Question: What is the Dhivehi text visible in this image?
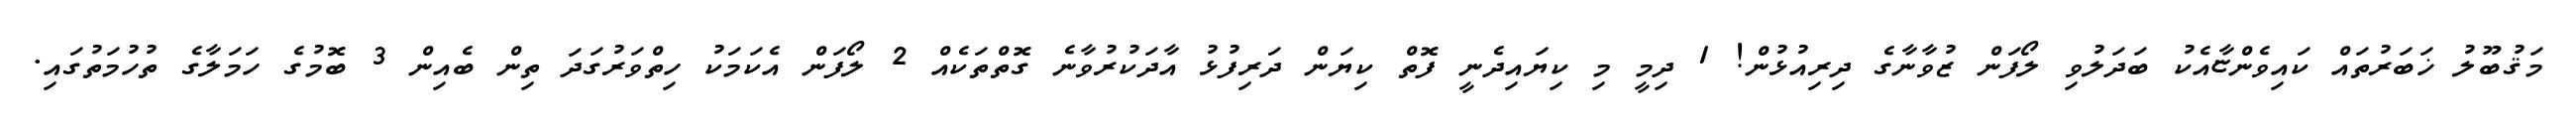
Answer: މަޤުބޫލު ޚަބަރުތައް ކައިވެންޏާއެކު ބަދަލުވި ލޯފަން ޒުވާނާގެ ދިރިއުޅުން! 1 ދިމީ މި ކިޔައިދެނީ ފޮތް ކިޔަން ދަރިފުޅު އާދަކުރުވާނެ ގޮތްތަކެއް 2 ލޯފަން އެކަމަކު ހިތްވަރުގަދަ ތިން ބެއިން 3 ބޮމުގެ ހަމަލާގެ ތުހުމަތުގައި.